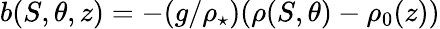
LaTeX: b(S,\theta,z)=-(g/\rho_{\star})(\rho(S,\theta)-\rho_{0}(z))